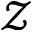
\mathcal { Z }